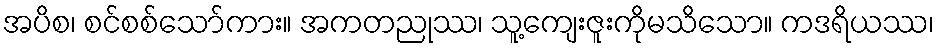
အပိစ၊ စင်စစ်သော်ကား။ အကတညုဿ၊ သူ့ကျေးဇူးကိုမသိသော။ ကဒရိယဿ၊